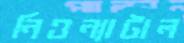
নিওন্যাটাল